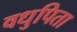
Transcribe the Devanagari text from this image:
वधुपिता